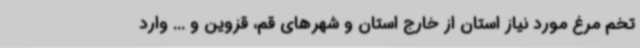
تخم مرغ مورد نیاز استان از خارج استان و شهرهای قم، قزوین و ... وارد